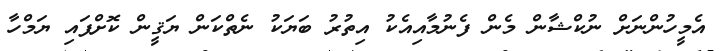
އެމީހުންނަށް ނުކްޝާން މެން ފެނުމާއިއެކު އިތުރު ބަޔަކު ނެތްކަން ޔަޤީން ކޮށްފައި ޔަމްހާ